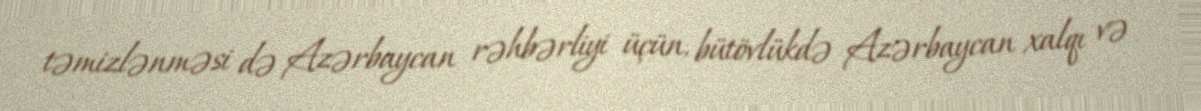
təmizlənməsi də Azərbaycan rəhbərliyi üçün, bütövlükdə Azərbaycan xalqı və